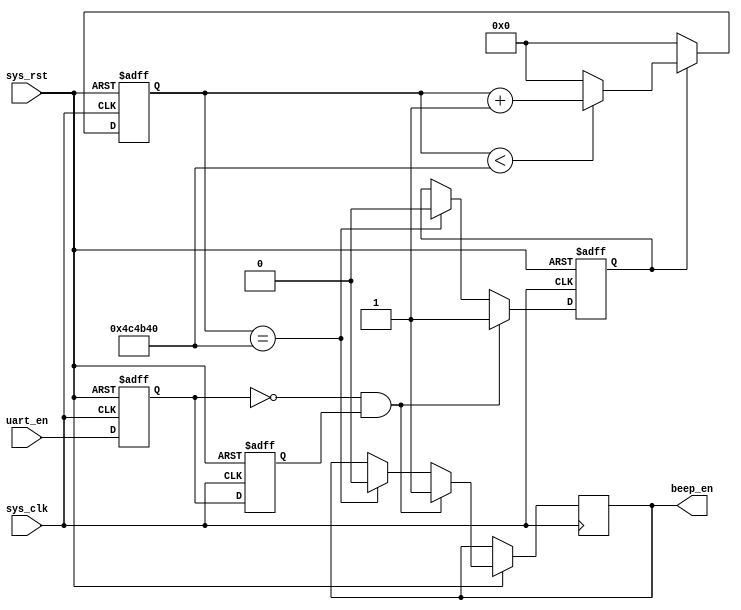
module uart_beep (
	input               sys_clk,
	input               sys_rst,
	input               uart_en,
	
	output     reg      beep_en
);

//parameter define
parameter       MAX_COUNT = 27'd5000000;

//reg define
reg    [26:0]   count;
reg             uart_en_0;
reg             uart_en_1; //two signals to detect the rising edge of the uart_en signal
reg             beep_flag; //signal indicating beep

//wire define
wire            uart_en_ris; //detect the rising edge of the uart_en signal

//***********************************************************
//                main  code
//***********************************************************
//rising edge detection (1 enabled)
assign uart_en_ris = (~uart_en_0) & uart_en_1; 
//delay the uart_en_0 signal for two time period
always @ (posedge sys_clk or negedge sys_rst) begin
	if (!sys_rst) begin
		uart_en_1 <= 1'b0;
		uart_en_0 <= 1'b0;
	end
	else begin
		uart_en_0 <= uart_en;
		uart_en_1 <= uart_en_0;   //non-blocking assignment, causing the delay
	end
end

/*
enable the beep for MAX_COUNT period of clk signal after a rising edge of uart_en is detected
*/
always @ (posedge sys_clk or negedge sys_rst) begin
	if (!sys_rst)      //press the buttom to reset the counter
		beep_flag <= 1'b0;
	else if (uart_en_ris) begin //rising edge of the uart_en detected
		beep_flag <= 1'b1; //start beeping
		beep_en <= 1'b1;
	end
	else if (count == MAX_COUNT) begin //if the time is enough
		beep_flag <= 1'b0; 
		beep_en <= 1'b0; //stop beeping if time is enough
	end
end

/*
start counting clk when start beeping.
when counter reaches MAX_COUNT then beep__flag and beep_en will be disabled (see in the always above)
then beep will stop and the counter will be reset and wait for next beep
*/
always @ (posedge sys_clk or negedge sys_rst) begin
	if (!sys_rst)
		count <= 27'd0; //reset the counter and the beep output
	else if (beep_flag == 1'b1) begin  //start counting if start beeping
		if (count < MAX_COUNT)//keep counting if time is not enough
			count <= count + 1;
		else
			count <= 27'd0; //reset the counter if time is enough
	end
	else 
		count <= 27'd0; //reset the counter if not beeping
end

endmodule